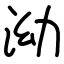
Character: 泑